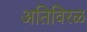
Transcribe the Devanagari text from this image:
अतिविरळ